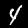
Digit: 4